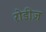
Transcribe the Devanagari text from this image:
रोडीज़